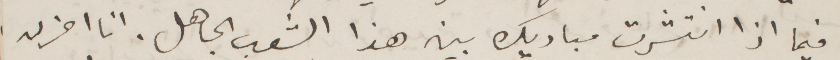
فيما اذا انتشرت مباديك بين هذا الشعب الجاهل. انا احزن